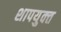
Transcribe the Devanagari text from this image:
शापयुक्‍त